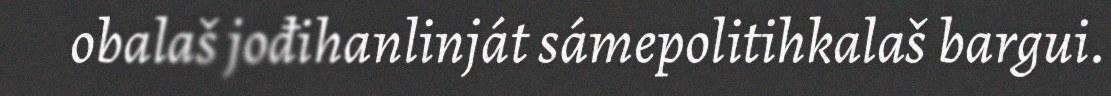
obalaš jođihanlinját sámepolitihkalaš bargui.